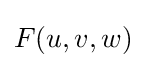
F(u,v,w)